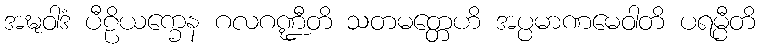
အဍ္ဎဝါဒံ ပီဠိယက္ခေန ဂလဂဏ္ဍီတိ သတမတ္တေဟိ အပ္ပမာဏမေဝါတိ ပရမ္ပီတိ